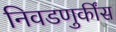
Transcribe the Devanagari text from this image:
निवडणुकींस